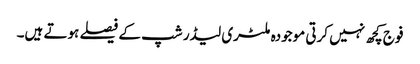
فوج کچھ نہیں کرتی موجودہ ملٹری لیڈر شپ کے فیصلے ہوتے ہیں۔